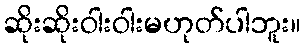
ဆိုးဆိုးဝါးဝါးမဟုတ်ပါဘူး။